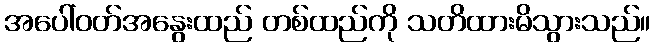
အပေါ်ဝတ်အနွေးထည် တစ်ထည်ကို သတိထားမိသွားသည်။